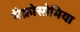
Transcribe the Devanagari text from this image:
मैक्रोसोमिया